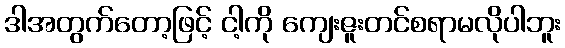
ဒါအတွက်တော့ဖြင့် ငါ့ကို ကျေးဇူးတင်စရာမလိုပါဘူး